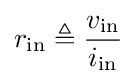
r_{\text{in}}\triangleq {\frac {v_{\text{in}}}{i_{\text{in}}}}